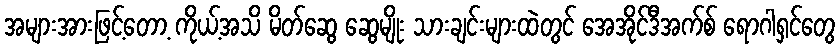
အများအားဖြင့်တော့ ကိုယ့်အသိ မိတ်ဆွေ ဆွေမျိုး သားချင်းများထဲတွင် အေအိုင်ဒီအက်စ် ရောဂါရှင်တွေ